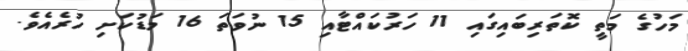
މަހުގެ މަތީ ކޮތަރިބައިގައި 11 ހަރުކައްޓާއި 15 ނުވަތަ 16 މަޑުކަށި ހުރެއެވެ.